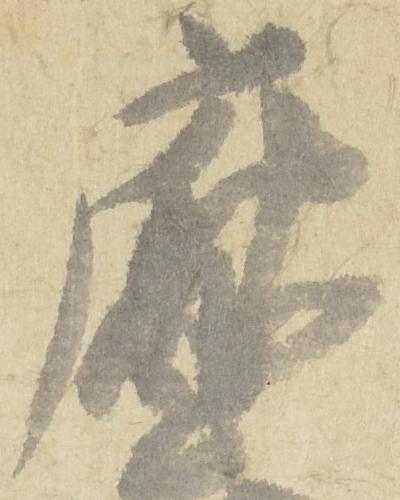
庁